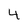
Character: 4